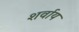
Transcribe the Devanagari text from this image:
शर्वाय